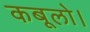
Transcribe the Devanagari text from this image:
कबूलो।